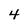
Character: 4